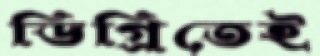
ডিগ্রিতেই